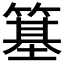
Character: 簊